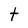
Character: t